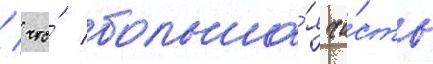
/ что́ больша́я ча́сть